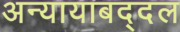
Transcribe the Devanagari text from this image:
अन्यायाबद्दल